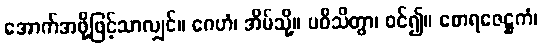
အောက်အဖို့ဖြင့်သာလျှင်။ ဂေဟံ၊ အိမ်သို့။ ပဝိသိတွာ၊ ဝင်၍။ စောရဇေဋ္ဌကံ၊